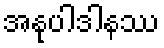
အနုပါဒါနဿ